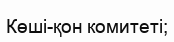
Көші-қон комитеті;